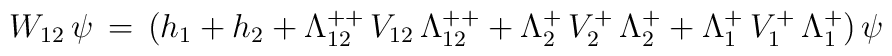
W_{12}\,\psi\,=\,(h_1+h_2+\Lambda^{++}_{12}\,V_{12}\,\Lambda^{++}_{12}+\Lambda^+_2\,V^+_2\,\Lambda^+_2+\Lambda^+_1\,V^+_1\,\Lambda^+_1)\,\psi